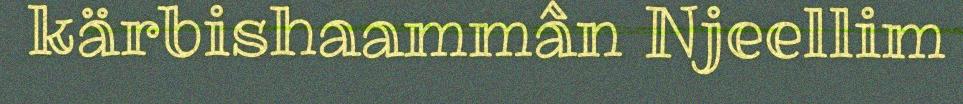
kärbishaammân Njeellim